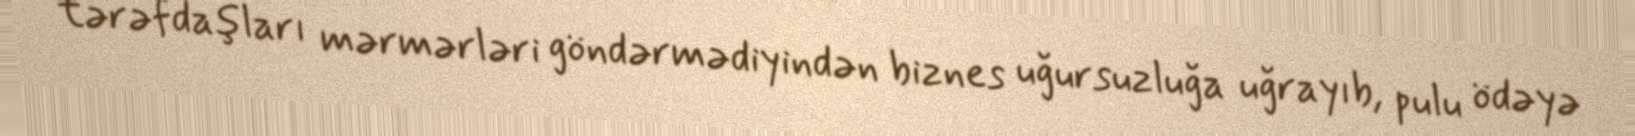
tərəfdaşları mərmərləri göndərmədiyindən biznes uğursuzluğa uğrayıb, pulu ödəyə